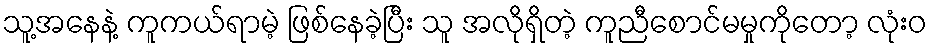
သူ့အနေနဲ့ ကူကယ်ရာမဲ့ ဖြစ်နေခဲ့ပြီး သူ အလိုရှိတဲ့ ကူညီစောင်မမှုကိုတော့ လုံးဝ